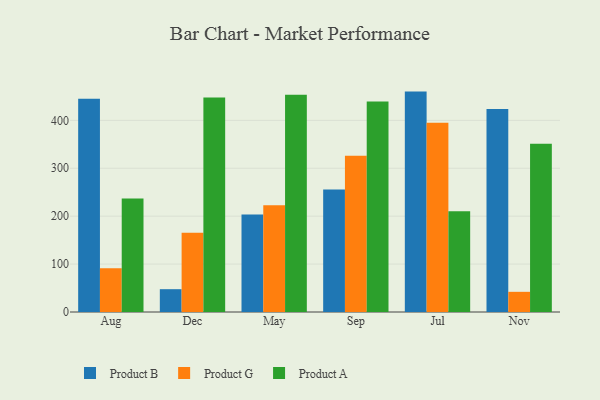
{"axis": {"x": "Month", "y": "Bounce Rate (%)"}, "legend": ["Product A", "Product B", "Product G"], "data": [{"x": "Aug", "y": 445.0, "type": "Product B"}, {"x": "Aug", "y": 91.2, "type": "Product G"}, {"x": "Aug", "y": 237.0, "type": "Product A"}, {"x": "Dec", "y": 47.6, "type": "Product B"}, {"x": "Dec", "y": 165.2, "type": "Product G"}, {"x": "Dec", "y": 447.6, "type": "Product A"}, {"x": "May", "y": 203.7, "type": "Product B"}, {"x": "May", "y": 222.6, "type": "Product G"}, {"x": "May", "y": 453.5, "type": "Product A"}, {"x": "Sep", "y": 255.9, "type": "Product B"}, {"x": "Sep", "y": 325.9, "type": "Product G"}, {"x": "Sep", "y": 439.2, "type": "Product A"}, {"x": "Jul", "y": 460.0, "type": "Product B"}, {"x": "Jul", "y": 394.8, "type": "Product G"}, {"x": "Jul", "y": 210.3, "type": "Product A"}, {"x": "Nov", "y": 423.6, "type": "Product B"}, {"x": "Nov", "y": 42.1, "type": "Product G"}, {"x": "Nov", "y": 351.3, "type": "Product A"}]}